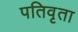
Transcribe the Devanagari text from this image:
पतिवृता